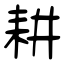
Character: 耕